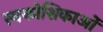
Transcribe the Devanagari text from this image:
स्वकोशिकाओं